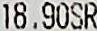
18.90SR